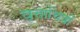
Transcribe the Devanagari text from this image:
वृत्ताचित्रों